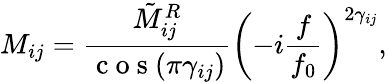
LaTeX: M_{ij}=\frac{\tilde{M}_{ij}^{R}}{\mathrm{~c~o~s~}(\pi\gamma_{ij})}\left(-i\frac{f}{f_{0}}\right)^{2\gamma_{ij}},